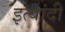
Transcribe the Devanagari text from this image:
इत्यांदी